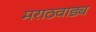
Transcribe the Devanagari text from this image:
मराठवाड्य